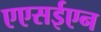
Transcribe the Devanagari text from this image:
एएसईएन